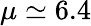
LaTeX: \mu\simeq 6.4